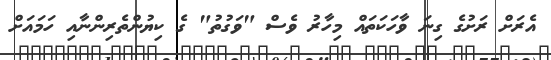
އެރަށް ރަށުގެ ގިނަ ވާހަކަތައް މިހާރު ވެސް "ވަގުތު" ގެ ކިޔުންތެރިންނާއި ހަމައަށް